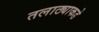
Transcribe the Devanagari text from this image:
तलाठ्याकडे